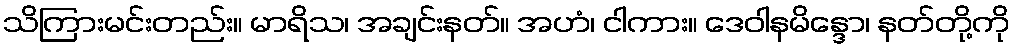
သိကြားမင်းတည်း။ မာရိသ၊ အချင်းနတ်။ အဟံ၊ ငါကား။ ဒေဝါနမိန္ဒော၊ နတ်တို့ကို